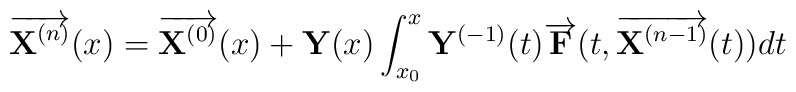
\overrightarrow{{\bf X}^{(n)}}(x) = \overrightarrow{{\bf X}^{(0)}}(x)  +{\bf Y}(x) \int_{x_0}^x{\bf Y}^{(-1)}(t)\overrightarrow{{\bf F}}(t,\overrightarrow{{\bf X}^{(n-1)}}(t))dt